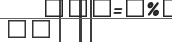
٤٧